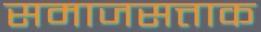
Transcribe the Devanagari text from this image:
समाजसत्ताक